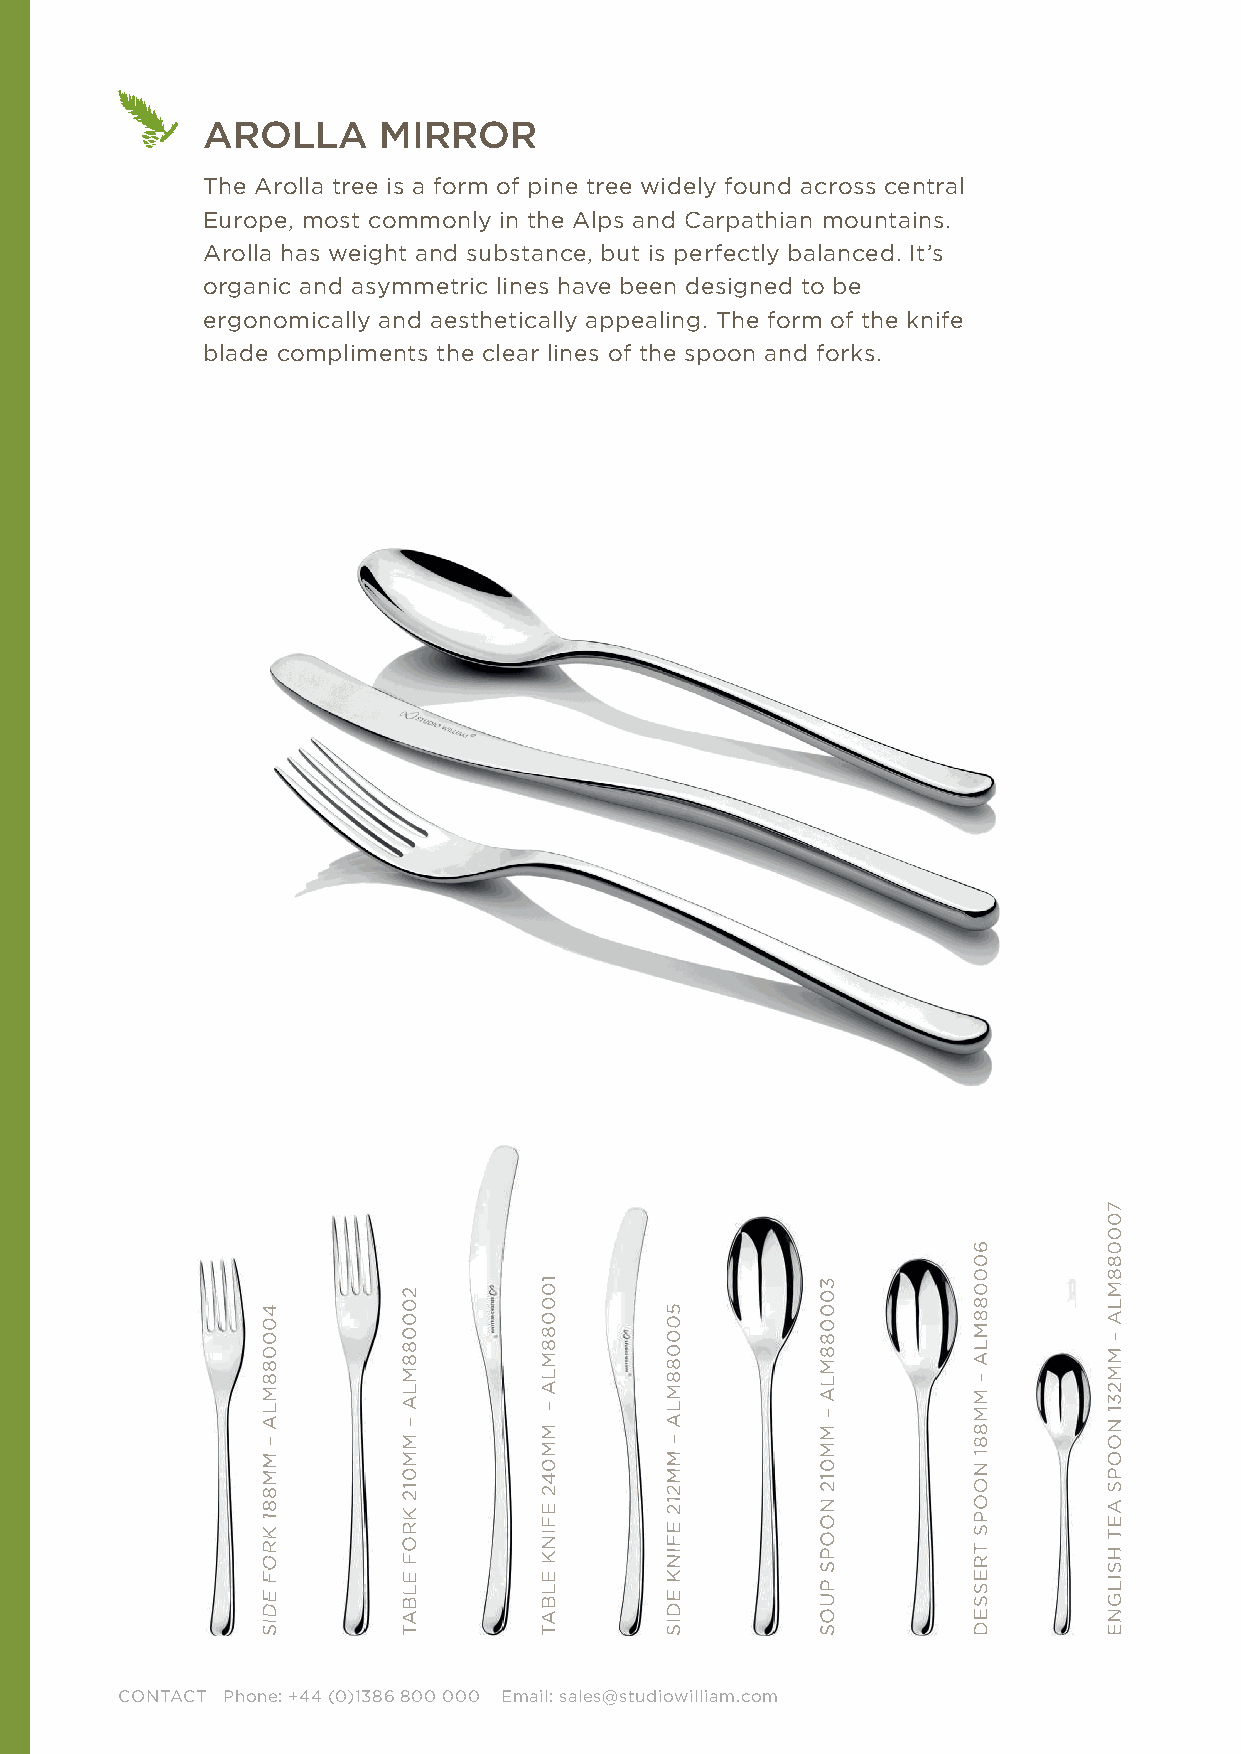
AROLLA      MIRROR
 The Arolla tree is a form of pine tree widely found across central
 Europe, most commonly in the Alps and Carpathian mountains.
 Arolla has weight and substance, but is perfectly balanced. It’s
 organic and asymmetric lines have been designed to be
 ergonomically and aesthetically appealing. The form of the knife
 blade compliments the clear lines of the spoon and forks.
 CONTACT Phone: +44 (0)1386 800 000 Email: sales@studiowilliam.com
 440000008888MMLLAA
 ––
 MMMM888811
 KKRROOFF
 EEDDIISS
 220000008888MMLLAA
 ––
 MMMM001122
 KKRROOFF
 EELLBBAATT
 110000008888MMLLAA
 ––
 MMMM004422
 EEFFIINNKK
 EELLBBAATT
 550000008888MMLLAA
 ––
 MMMM221122
 EEFFIINNKK
 EEDDIISS
 330000008888MMLLAA
 ––
 MMMM001122
 NNOOOOPPSS
 PPUUOOSS
 600088MLA
 –
 MM881
 NOOPS
 TRESSED
 770000008888MMLLAA
 ––
 MMMM223311
 NNOOOOPPSS
 AAEETT
 HHSSIILLGGNNEE